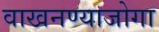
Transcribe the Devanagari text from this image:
वाखनण्याजोगा